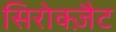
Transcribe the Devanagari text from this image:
सिरोक्ज़ैट